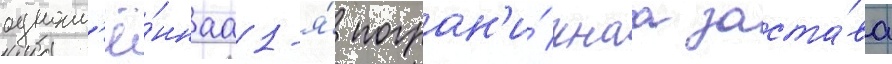
одноим'ё́ннаа 1-я́ погран'и́чнаа заста́ва